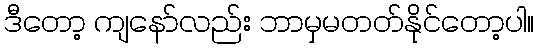
ဒီတော့ ကျနော်လည်း ဘာမှမတတ်နိုင်တော့ပါ။